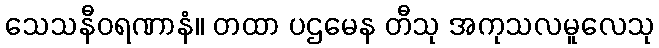
သေသနီဝရဏာနံ။ တထာ ပဌမေန တီသု အကုသလမူလေသု